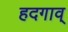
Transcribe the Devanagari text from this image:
हदगाव्